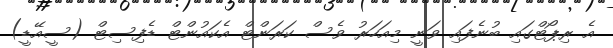
އެ ރިޕޯޓްގައި ބުނެފައި ވަނީ މިއަހަރު ވެސް ކަރަންޓް އެކައުންޓް ޑެފިސިޓް (ސީއޭޑީ)